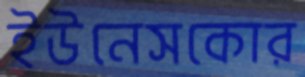
ইউনেসকোর